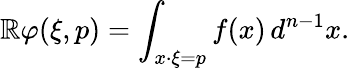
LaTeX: \mathbb{R}\varphi(\xi,p)=\int_{x\cdot\xi=p}f(x)\, d^{n-1}x.